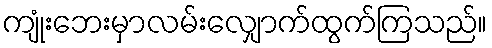
ကျုံးဘေးမှာလမ်းလျှောက်ထွက်ကြသည်။